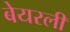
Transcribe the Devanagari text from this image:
बेयरली